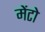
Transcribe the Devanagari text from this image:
मेंटो